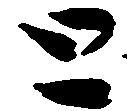
と